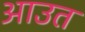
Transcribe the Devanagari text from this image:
आउत